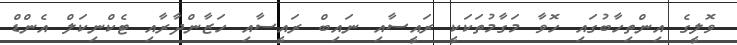
ވޮލީގެ އިންތިހާބުގައި ހޮވާ މަގާމުތަކަކީ ރައީސާއި ނައިބް ރައީސާއި ހަޒާންދާރާއި ޓެކްނިކަލް އެންޑް